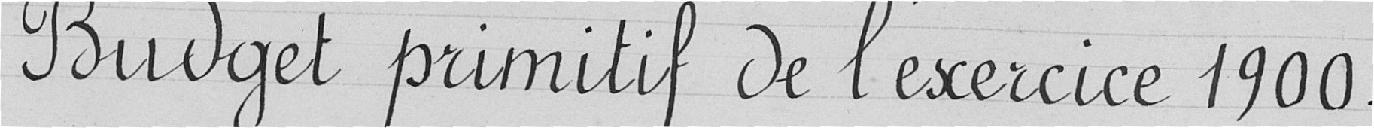
Budget primitif de l'exercice 1900